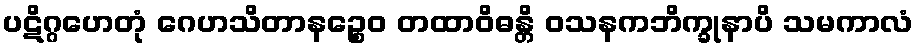
ပဋိဂ္ဂဟေတုံ ဂေဟသိတာနဉ္စေဝ တထာဝိဓန္တိ ဝသနကဘိက္ခုနာပိ သမကာလံ